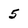
Character: 5